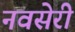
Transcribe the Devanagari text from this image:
नवसेरी